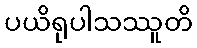
ပယိရုပါသဿူတိ